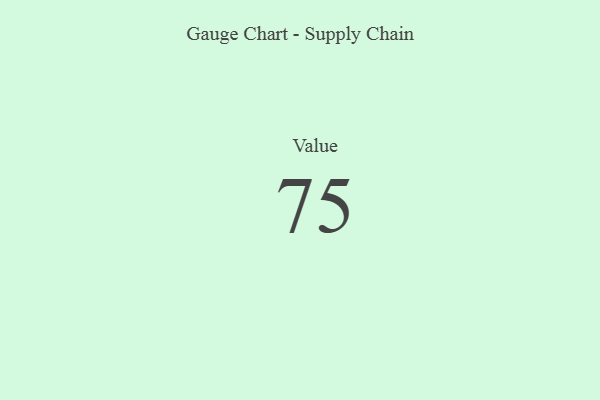
{"axis": {"x": "Metric", "y": "Value"}, "legend": [""], "data": [{"x": "Value", "y": 75, "type": ""}]}